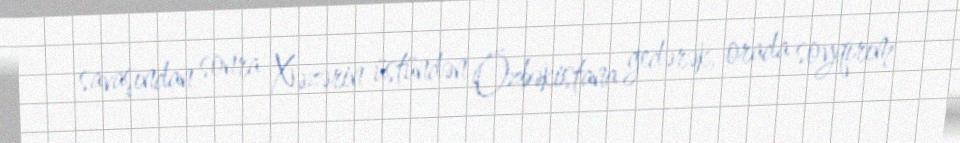
savaşından sonra Xəzərin üstündən Özbəkistana gedərək, orada soyqırım